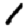
Digit: 1